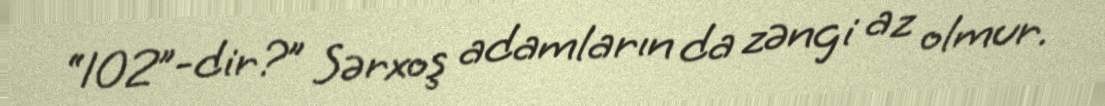
“102”-dir?” Sərxoş adamların da zəngi az olmur.